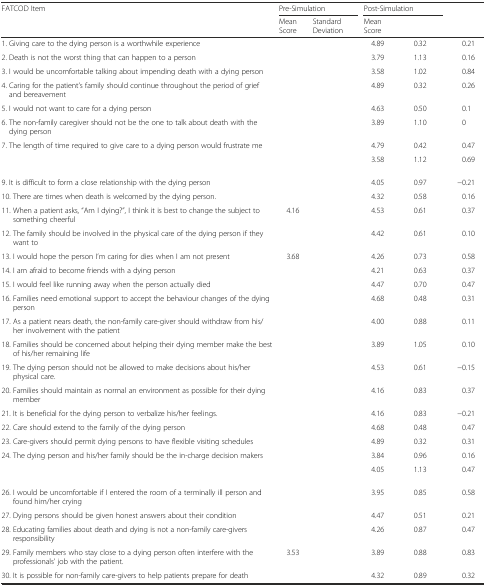
<table><thead><tr><td rowspan="2"><b>FATCOD Item</b></td><td colspan="2"><b>Pre-Simulation</b></td><td colspan="2"><b>Post-Simulation</b></td><td rowspan="2">[EMPTY_CELL]</td></tr><tr><td><b>Mean Score</b></td><td><b>Standard Deviation</b></td><td><b>Mean Score</b></td><td>[EMPTY_CELL]</td></tr></thead><tbody><tr><td>1. Giving care to the dying person is a worthwhile experience</td><td>[EMPTY_CELL]</td><td>[EMPTY_CELL]</td><td>4.89</td><td>0.32</td><td>0.21</td></tr><tr><td>2. Death is not the worst thing that can happen to a person</td><td>[EMPTY_CELL]</td><td>[EMPTY_CELL]</td><td>3.79</td><td>1.13</td><td>0.16</td></tr><tr><td>3. I would be uncomfortable talking about impending death with a dying person</td><td>[EMPTY_CELL]</td><td>[EMPTY_CELL]</td><td>3.58</td><td>1.02</td><td>0.84</td></tr><tr><td>4. Caring for the patient’s family should continue throughout the period of grief and bereavement</td><td>[EMPTY_CELL]</td><td>[EMPTY_CELL]</td><td>4.89</td><td>0.32</td><td>0.26</td></tr><tr><td>5. I would not want to care for a dying person</td><td>[EMPTY_CELL]</td><td>[EMPTY_CELL]</td><td>4.63</td><td>0.50</td><td>0.1</td></tr><tr><td>6. The non-family caregiver should not be the one to talk about death with the dying person</td><td>[EMPTY_CELL]</td><td>[EMPTY_CELL]</td><td>3.89</td><td>1.10</td><td>0</td></tr><tr><td>7. The length of time required to give care to a dying person would frustrate me</td><td>[EMPTY_CELL]</td><td>[EMPTY_CELL]</td><td>4.79</td><td>0.42</td><td>0.47</td></tr><tr><td>[EMPTY_CELL]</td><td>[EMPTY_CELL]</td><td>[EMPTY_CELL]</td><td>3.58</td><td>1.12</td><td>0.69</td></tr><tr><td>9. It is difficult to form a close relationship with the dying person</td><td>[EMPTY_CELL]</td><td>[EMPTY_CELL]</td><td>4.05</td><td>0.97</td><td>−0.21</td></tr><tr><td>10. There are times when death is welcomed by the dying person.</td><td>[EMPTY_CELL]</td><td>[EMPTY_CELL]</td><td>4.32</td><td>0.58</td><td>0.16</td></tr><tr><td>11. When a patient asks, “Am I dying?”, I think it is best to change the subject to something cheerful</td><td>4.16</td><td>[EMPTY_CELL]</td><td>4.53</td><td>0.61</td><td>0.37</td></tr><tr><td>12. The family should be involved in the physical care of the dying person if they want to</td><td>[EMPTY_CELL]</td><td>[EMPTY_CELL]</td><td>4.42</td><td>0.61</td><td>0.10</td></tr><tr><td>13. I would hope the person I’m caring for dies when I am not present</td><td>3.68</td><td>[EMPTY_CELL]</td><td>4.26</td><td>0.73</td><td>0.58</td></tr><tr><td>14. I am afraid to become friends with a dying person</td><td>[EMPTY_CELL]</td><td>[EMPTY_CELL]</td><td>4.21</td><td>0.63</td><td>0.37</td></tr><tr><td>15. I would feel like running away when the person actually died</td><td>[EMPTY_CELL]</td><td>[EMPTY_CELL]</td><td>4.47</td><td>0.70</td><td>0.47</td></tr><tr><td>16. Families need emotional support to accept the behaviour changes of the dying person</td><td>[EMPTY_CELL]</td><td>[EMPTY_CELL]</td><td>4.68</td><td>0.48</td><td>0.31</td></tr><tr><td>17. As a patient nears death, the non-family care-giver should withdraw from his/her involvement with the patient</td><td>[EMPTY_CELL]</td><td>[EMPTY_CELL]</td><td>4.00</td><td>0.88</td><td>0.11</td></tr><tr><td>18. Families should be concerned about helping their dying member make the best of his/her remaining life</td><td>[EMPTY_CELL]</td><td>[EMPTY_CELL]</td><td>3.89</td><td>1.05</td><td>0.10</td></tr><tr><td>19. The dying person should not be allowed to make decisions about his/her physical care.</td><td>[EMPTY_CELL]</td><td>[EMPTY_CELL]</td><td>4.53</td><td>0.61</td><td>−0.15</td></tr><tr><td>20. Families should maintain as normal an environment as possible for their dying member</td><td>[EMPTY_CELL]</td><td>[EMPTY_CELL]</td><td>4.16</td><td>0.83</td><td>0.37</td></tr><tr><td>21. It is beneficial for the dying person to verbalize his/her feelings.</td><td>[EMPTY_CELL]</td><td>[EMPTY_CELL]</td><td>4.16</td><td>0.83</td><td>−0.21</td></tr><tr><td>22. Care should extend to the family of the dying person</td><td>[EMPTY_CELL]</td><td>[EMPTY_CELL]</td><td>4.68</td><td>0.48</td><td>0.47</td></tr><tr><td>23. Care-givers should permit dying persons to have flexible visiting schedules</td><td>[EMPTY_CELL]</td><td>[EMPTY_CELL]</td><td>4.89</td><td>0.32</td><td>0.31</td></tr><tr><td>24. The dying person and his/her family should be the in-charge decision makers</td><td>[EMPTY_CELL]</td><td>[EMPTY_CELL]</td><td>3.84</td><td>0.96</td><td>0.16</td></tr><tr><td>[EMPTY_CELL]</td><td>[EMPTY_CELL]</td><td>[EMPTY_CELL]</td><td>4.05</td><td>1.13</td><td>0.47</td></tr><tr><td>26. I would be uncomfortable if I entered the room of a terminally ill person and found him/her crying</td><td>[EMPTY_CELL]</td><td>[EMPTY_CELL]</td><td>3.95</td><td>0.85</td><td>0.58</td></tr><tr><td>27. Dying persons should be given honest answers about their condition</td><td>[EMPTY_CELL]</td><td>[EMPTY_CELL]</td><td>4.47</td><td>0.51</td><td>0.21</td></tr><tr><td>28. Educating families about death and dying is not a non-family care-givers responsibility</td><td>[EMPTY_CELL]</td><td>[EMPTY_CELL]</td><td>4.26</td><td>0.87</td><td>0.47</td></tr><tr><td>29. Family members who stay close to a dying person often interfere with the professionals’ job with the patient.</td><td>3.53</td><td>[EMPTY_CELL]</td><td>3.89</td><td>0.88</td><td>0.83</td></tr><tr><td>30. It is possible for non-family care-givers to help patients prepare for death</td><td>[EMPTY_CELL]</td><td>[EMPTY_CELL]</td><td>4.32</td><td>0.89</td><td>0.32</td></tr></tbody></table>